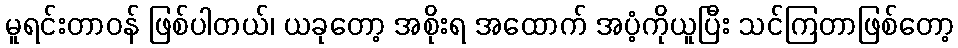
မူရင်းတာဝန် ဖြစ်ပါတယ်၊ ယခုတော့ အစိုးရ အထောက် အပံ့ကိုယူပြီး သင်ကြတာဖြစ်တော့